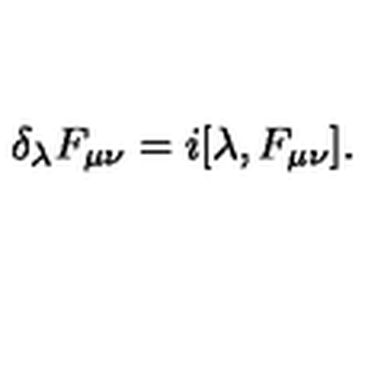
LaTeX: \delta _ { \lambda } F _ { \mu \nu } = i [ \lambda , F _ { \mu \nu } ] .